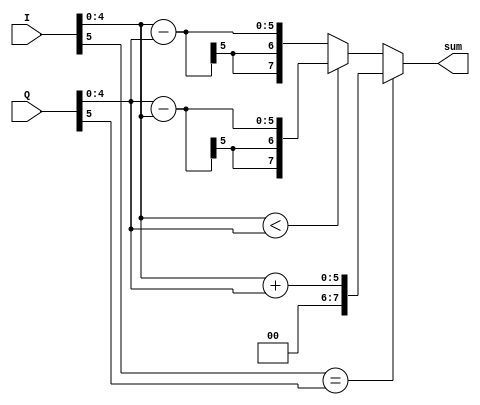
`timescale 1ns / 1ps
//////////////////////////////////////////////////////////////////////////////////
// Company: 
// Engineer: 
// 
// Design Name: 
// Module Name: adder
// Project Name: 
// Target Devices: 
// Tool Versions: 
// Description: 
// 
// Dependencies: 
// 
// Revision:
// Revision 0.01 - File Created
// Additional Comments:
// 
//////////////////////////////////////////////////////////////////////////////////


module adder1(

    input [5:0] I,
    input [5:0] Q,
    output reg [7:0] sum
    );
    
    
//    assign S_arr = {S3,S2,S1,S0};

    wire [4:0] I1 = I[4:0];
    wire [4:0] Q1 = Q[4:0];
        
    always @ (*)
    begin
        if( I[5] == Q[5])
        begin
            sum = I1 + Q1;
        end

        else
        begin
            if( I1 < Q1)
            begin    
                sum = Q1 - I1;
            end
            
            else
            begin
                sum = I1 - Q1;
            end
         end           
    end

endmodule